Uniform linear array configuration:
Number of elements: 24
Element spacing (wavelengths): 0.75
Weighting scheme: exponential
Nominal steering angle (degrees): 15
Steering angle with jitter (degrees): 15.926
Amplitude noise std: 0.05
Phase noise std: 0.05

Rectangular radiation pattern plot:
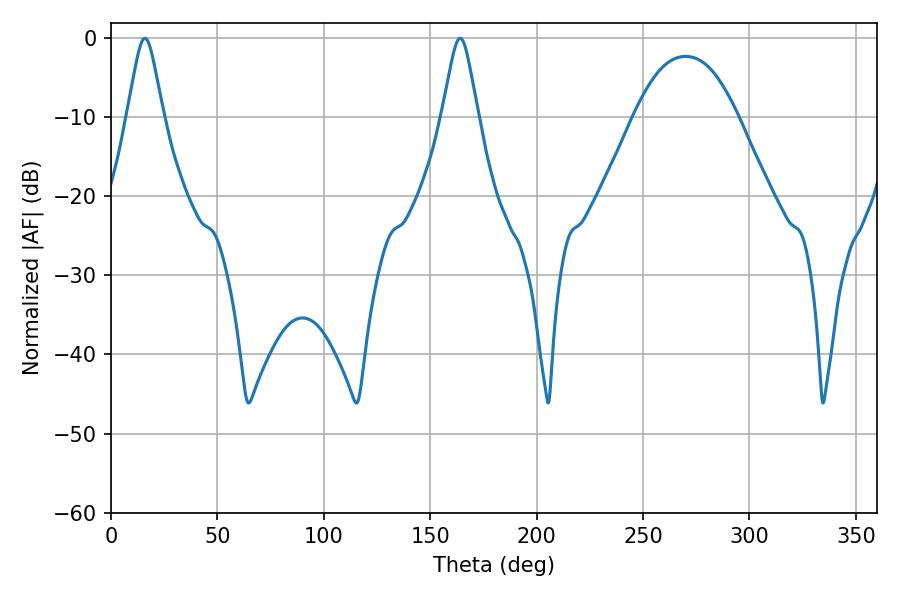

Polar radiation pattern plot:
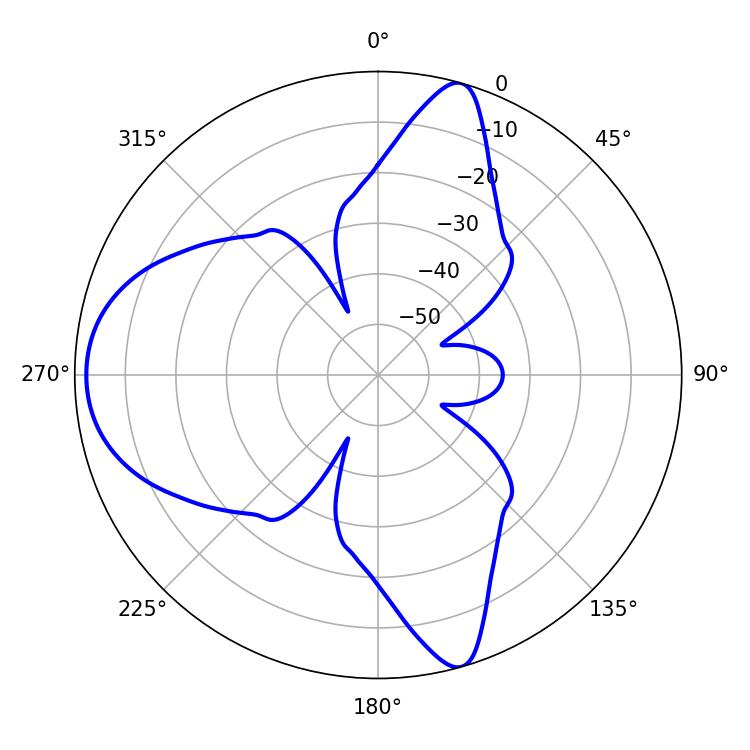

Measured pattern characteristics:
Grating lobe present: TRUE
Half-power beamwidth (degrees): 8.1
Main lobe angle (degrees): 16.02